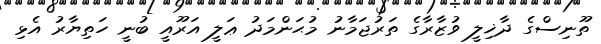
ތޫނިސްގެ ދާޚިލީ ވުޒާރާގެ ތަރުޖަމާނު މުޙަންމަދު ޢަލީ އަރޫއީ ބުނީ ހަތިޔާރު އެޅި